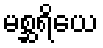
မစ္ဆရိယေ